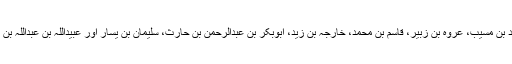
ان فقہاء میں سعید بن مسیب، عروہ بن زبیر، قاسم بن محمد، خارجہ بن زید، ابوبکر بن عبدالرحمن بن حارث، سلیمان بن یسار اور عبیداللہ بن عبداللہ بن عتبہ شامل تھے۔